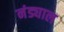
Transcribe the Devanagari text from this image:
नंड्याल